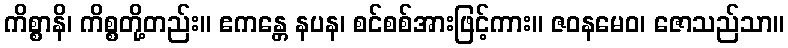
ကိစ္စာနိ၊ ကိစ္စတို့တည်း။ ဧကန္တေ နပန၊ စင်စစ်အားဖြင့်ကား။ ဇဝနမေဝ၊ ဇောသည်သာ။